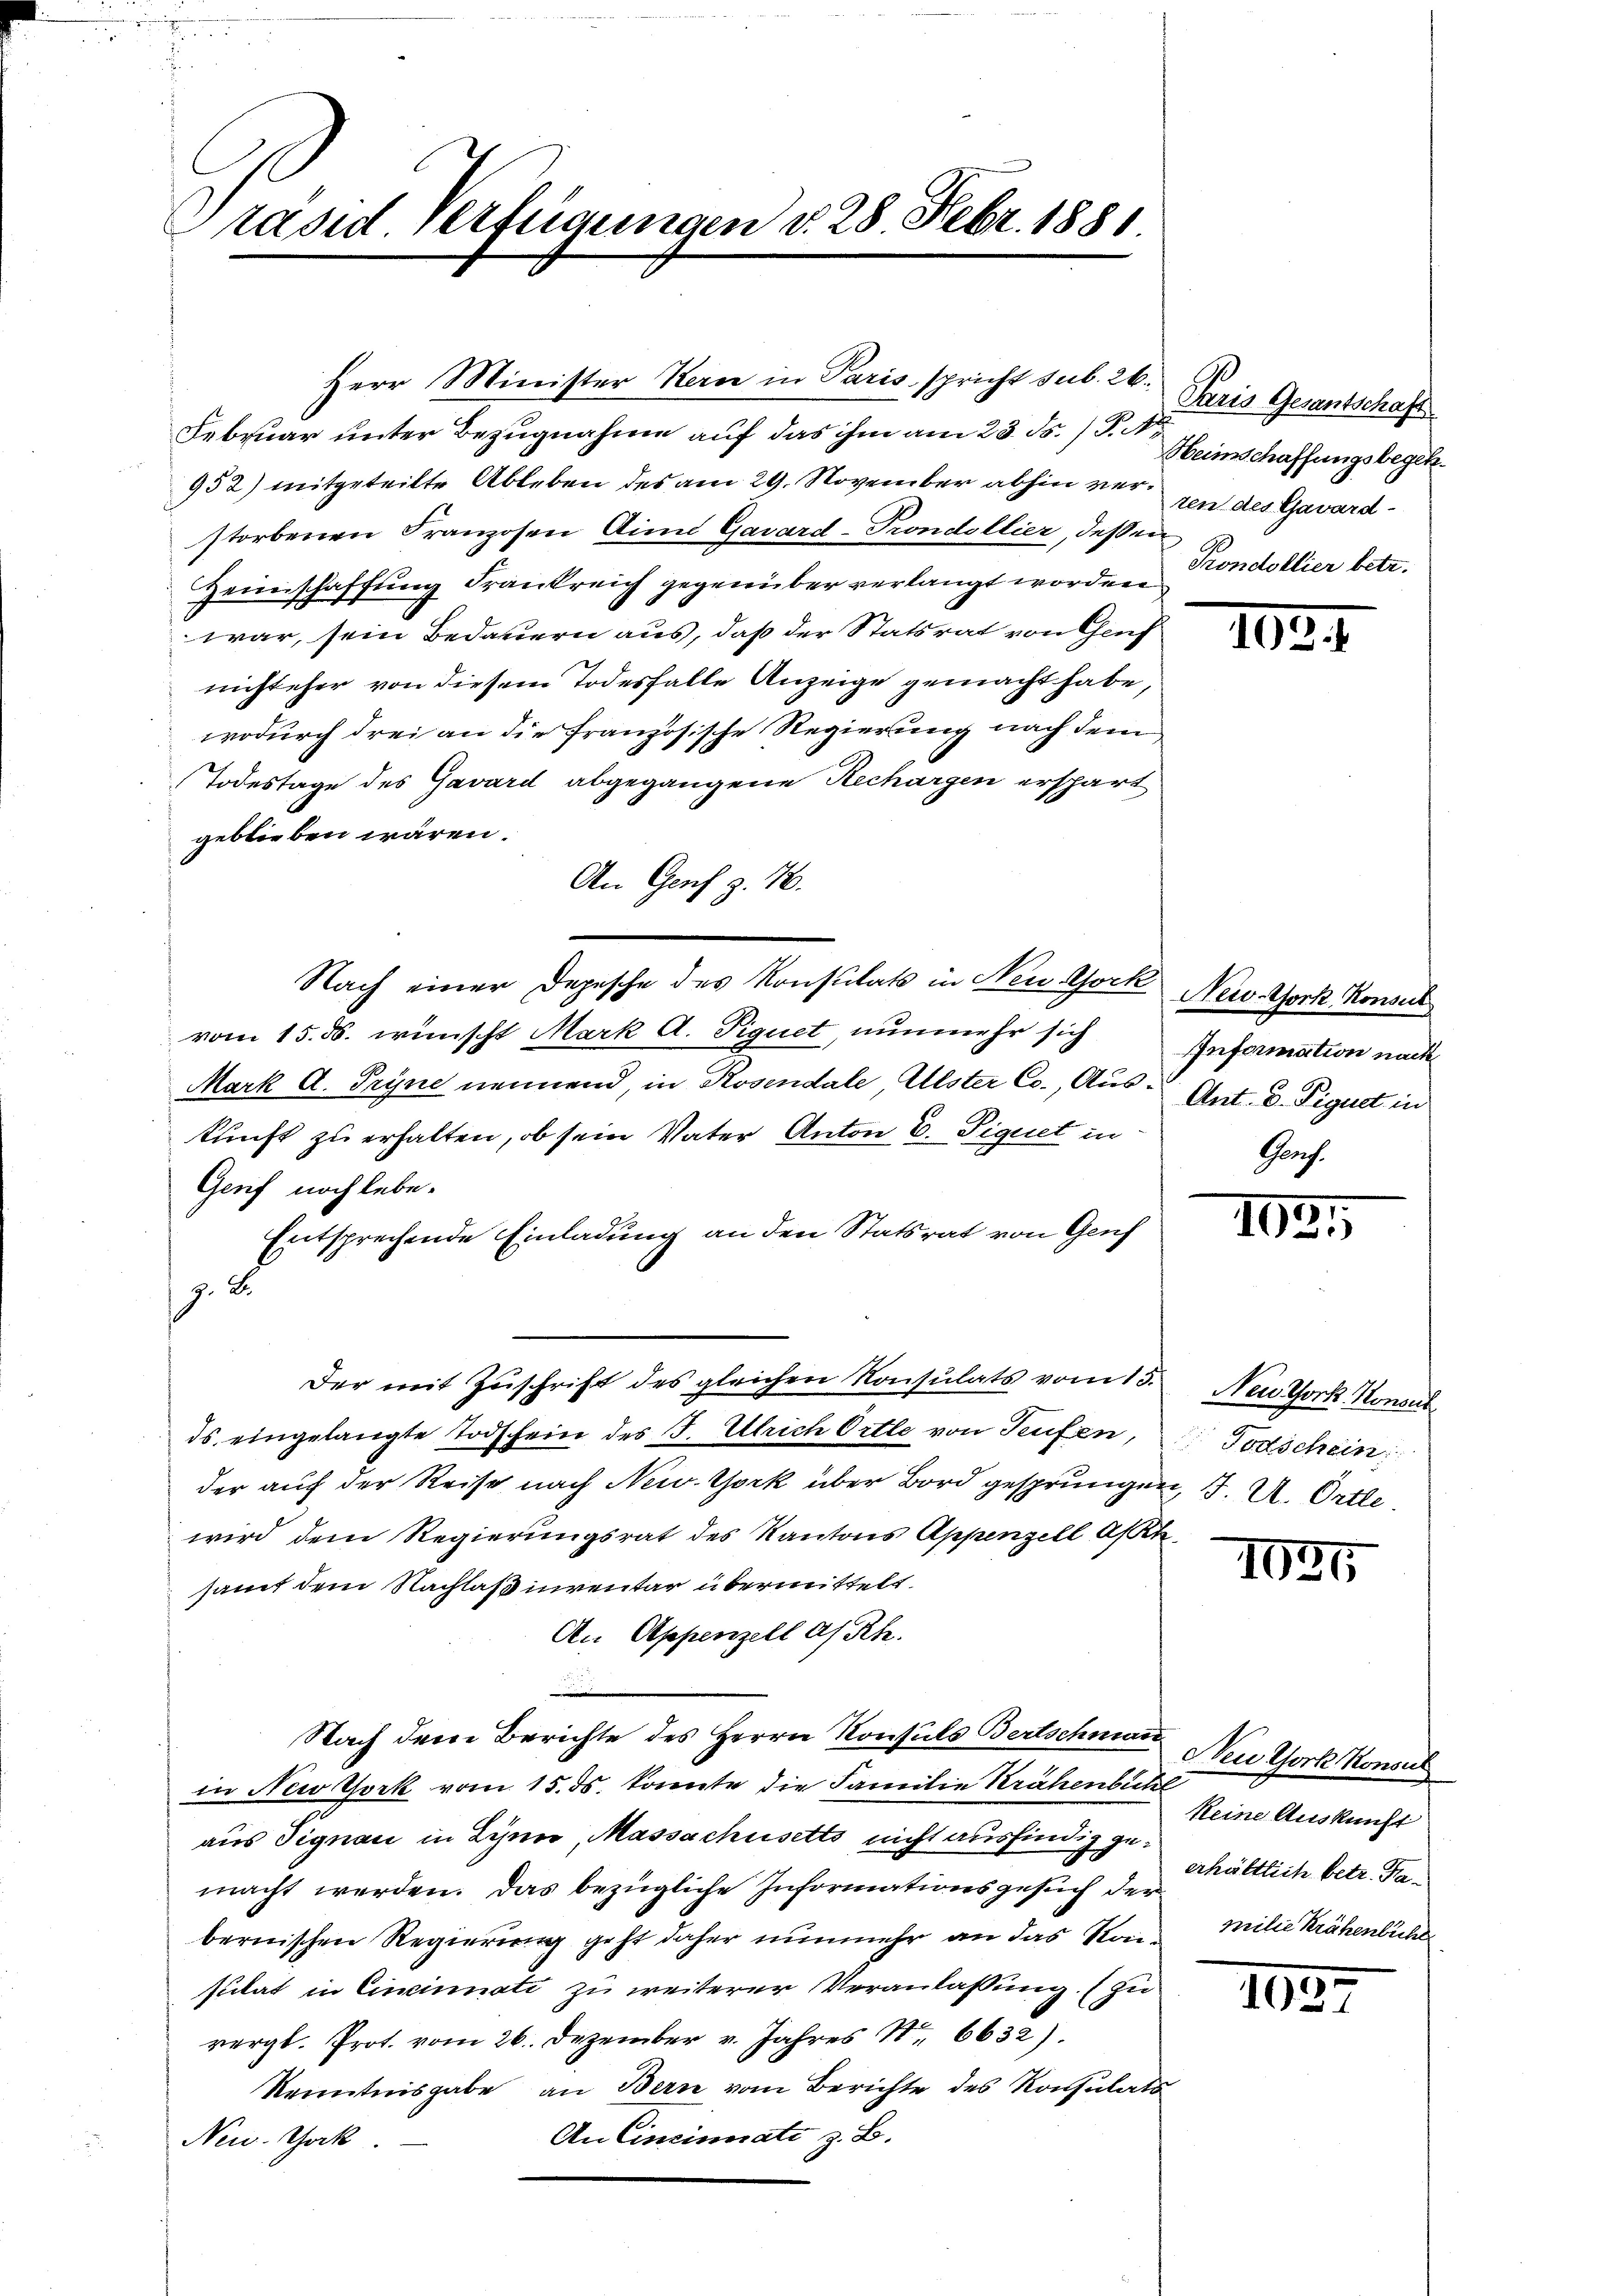
Präsid Verfügungen d. 28. Febr. 1881

Februar unter Bezugnahme auf das ihm am 23. ds. (T. A¬
952) mitgeteilte Ableben des am 29. November abhin verstorbenen Franzosen Aina Gavard-Prondollier, dessen
Zeimschaffung Frankreich gegenüber verlangt worden
war, sein Bedauern aus, daß der Statsrat von Genf
nicht eher von diesem Todesfalle Anzeige gemacht habe,
wodurch drei an die französische Regierung nach dem
Todestage des Gavard abgegangene Rechargen erspart
geblieben wären.
An Genf z. 16.
vom 15. ds. wünscht Mark A. Piquet, nunmehr sich
Mark A. Tryne nennend, in Rosendale, Alster Co., Aus- Ant. D. Figuet in
kunft zu erhalten, ob sein Vater Anton E. Piquet in
Gerif noch lebe.
Entsprechende Einladung an den Statsrat von Genf
z. B.
Der mit Zuschrift des gleichen Konsulats vom 15.
ds eingelangte Todschein des J. Ulrich Ortle von Teufen, Todschein
der auf der Reise nach New York über Bord gesprungen, 1. U. Ortle
wird dem Regierungsrat des Kantons Appenzell Ast
samt dem Nachlaßinventar übermittelt.
An Appenzell a/Rh.
Nach dem Berichte des Herrn Konsuls Bertschmann New York Konsul
in New York vom 15. ds. konnte die Familie Krähenbuchr
aus Signau in Lyner, Massachusetts nicht ausfindig gemacht werden. Das bezügliche Informationsgesuch der
bernischen Regierung geht daher nunmehr an das Stain Milie Krähenbühl
sutat in Cincinati zu weiterer Veranlassung. (zu
vergl. Prot. vom 26. Dezember v. Jahres 1. 6632).
Kenntnisgabe an Bern vom Berichte des Konsulats
An Cincinati z. B.
Neu. Gack

Herr Minister Kern in Paris spricht sub. 26. Paris Gesantschafts

Nach einer Depesche des Konsulats in New York Nerv. Gork, Konsul

Heimschaffungsbegeh
ten des Gavard-
Prondollier betr.

1024

Information nach
8

162.

Neu York, Konseil

1035

keine Auskunft
erhältlich betr. Ta¬

1037